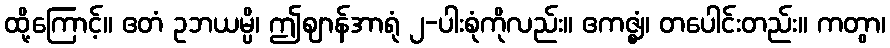
ထို့ကြောင့်။ ဧတံ ဥဘယမ္ပိ၊ ဤဈာန်အာရုံ ၂-ပါးစုံကိုလည်း။ ဧကဇ္ဈံ၊ တပေါင်းတည်း။ ကတွာ၊